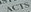
ACTS